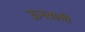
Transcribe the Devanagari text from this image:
ऊनवाली